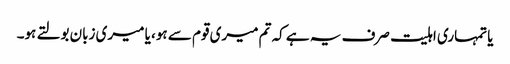
یا تمہاری اہلیت صرف یہ ہے کہ تم میری قوم سے ہو، یا میری زبان بولتے ہو۔